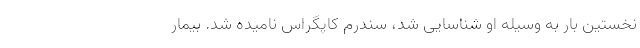
نخستین بار به وسیله او شناسایی شد، سندرم کاپگراس نامیده شد. بیمار